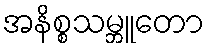
အနိစ္စသမ္ဘူတော